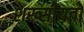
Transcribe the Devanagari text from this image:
शख्सीयतों